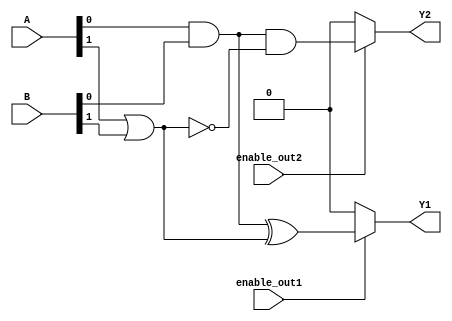
module CombinationalLogic (
    input wire [3:0] A,       // 4-bit input A
    input wire [3:0] B,       // 4-bit input B
    input wire enable_out1,   // Enable for output 1
    input wire enable_out2,   // Enable for output 2
    output wire Y1,           // Output 1
    output wire Y2            // Output 2
);

    // Shared logic block: common sub-expressions
    wire common_logic1;       // Intermediate signal for shared logic
    wire common_logic2;       // Another intermediate signal for shared logic

    // Example shared logic (common terms)
    assign common_logic1 = A[0] & B[0]; // A0 AND B0
    assign common_logic2 = A[1] | B[1]; // A1 OR B1

    // Output Logic Block for Output 1
    assign Y1 = enable_out1 ? (common_logic1 ^ common_logic2) : 1'b0; // XOR of common logic when enabled

    // Output Logic Block for Output 2
    assign Y2 = enable_out2 ? (common_logic1 & ~common_logic2) : 1'b0; // AND of common logic when enabled

endmodule